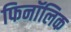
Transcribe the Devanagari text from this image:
फिनॉलिक